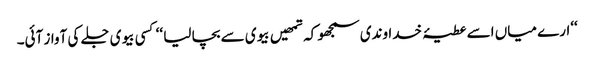
‘‘ارے میاں اسے عطیۂ خداوندی سمجھو کہ تمھیں بیوی سے بچا لیا ‘‘ کسی بیوی جلے کی آواز آئی۔